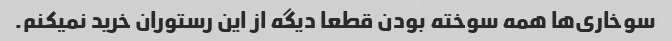
سوخاری‌ها همه سوخته بودن قطعا دیگه از این رستوران خرید نمیکنم.